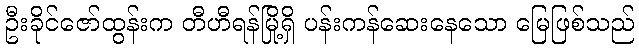
ဦးခိုင်ဇော်ထွန်းက တီဟီရန်မြို့ရှိ ပန်းကန်ဆေးနေသော မြေဖြစ်သည်